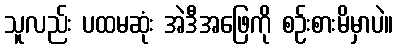
သူလည်း ပထမဆုံး အဲဒီအဖြေကို စဉ်းစားမိမှာပဲ။